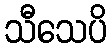
သီသေပိ